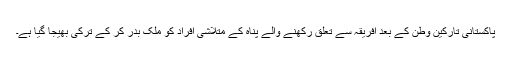
پاکستانی تارکین وطن کے بعد افریقہ سے تعلق رکھنے والے پناہ کے متلاشی افراد کو ملک بدر کر کے ترکی بھیجا گیا ہے۔